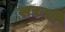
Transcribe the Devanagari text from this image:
सद्यःची